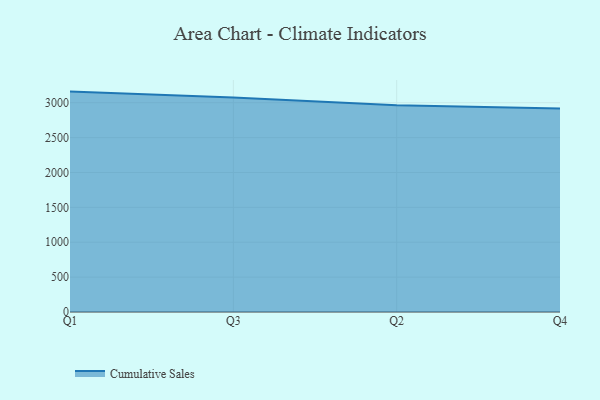
{"axis": {"x": "Quarter", "y": "Revenue (USD Million)"}, "legend": ["Cumulative Sales"], "data": [{"x": "Q1", "y": 3159.5, "type": "Cumulative Sales"}, {"x": "Q3", "y": 3073.8, "type": "Cumulative Sales"}, {"x": "Q2", "y": 2963.9, "type": "Cumulative Sales"}, {"x": "Q4", "y": 2918.1, "type": "Cumulative Sales"}]}